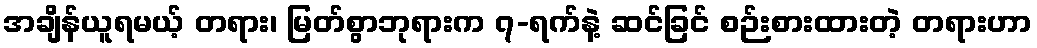
အချိန်ယူရမယ့် တရား၊ မြတ်စွာဘုရားက ၇-ရက်နဲ့ ဆင်ခြင် စဉ်းစားထားတဲ့ တရားဟာ